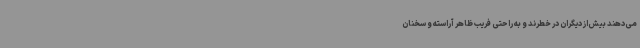
می‌دهند بیش‌از دیگران در خطرند و به راحتی فریب ظاهر آراسته و سخنان